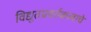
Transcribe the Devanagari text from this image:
विद्युतप्रवर्तकत्वाचे